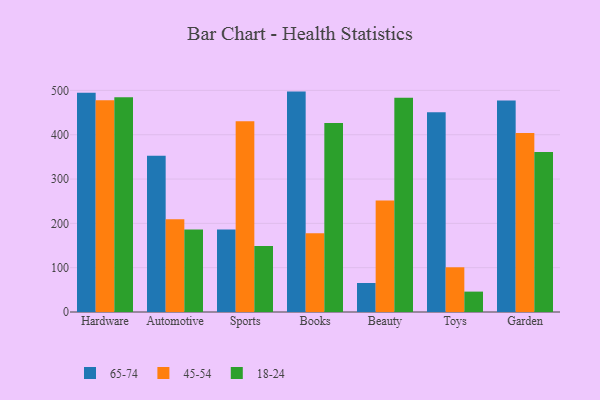
{"axis": {"x": "Category", "y": "Churn Rate (%)"}, "legend": ["18-24", "45-54", "65-74"], "data": [{"x": "Hardware", "y": 494.6, "type": "65-74"}, {"x": "Hardware", "y": 478.0, "type": "45-54"}, {"x": "Hardware", "y": 484.7, "type": "18-24"}, {"x": "Automotive", "y": 352.5, "type": "65-74"}, {"x": "Automotive", "y": 209.0, "type": "45-54"}, {"x": "Automotive", "y": 186.2, "type": "18-24"}, {"x": "Sports", "y": 186.4, "type": "65-74"}, {"x": "Sports", "y": 430.3, "type": "45-54"}, {"x": "Sports", "y": 149.2, "type": "18-24"}, {"x": "Books", "y": 497.3, "type": "65-74"}, {"x": "Books", "y": 177.6, "type": "45-54"}, {"x": "Books", "y": 426.6, "type": "18-24"}, {"x": "Beauty", "y": 65.4, "type": "65-74"}, {"x": "Beauty", "y": 251.8, "type": "45-54"}, {"x": "Beauty", "y": 483.3, "type": "18-24"}, {"x": "Toys", "y": 450.9, "type": "65-74"}, {"x": "Toys", "y": 100.9, "type": "45-54"}, {"x": "Toys", "y": 46.0, "type": "18-24"}, {"x": "Garden", "y": 477.0, "type": "65-74"}, {"x": "Garden", "y": 403.9, "type": "45-54"}, {"x": "Garden", "y": 361.2, "type": "18-24"}]}